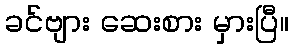
ခင်ဗျား ဆေးစား မှားပြီ။